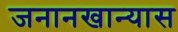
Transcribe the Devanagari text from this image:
जनानखान्यास